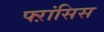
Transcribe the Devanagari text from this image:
फ्ऱांसिस